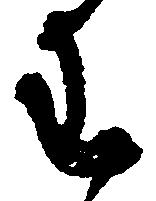
わ